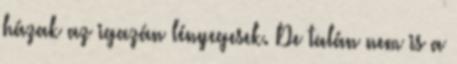
házak az igazán lényegesek. De talán nem is a